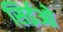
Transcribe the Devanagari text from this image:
सिईओ